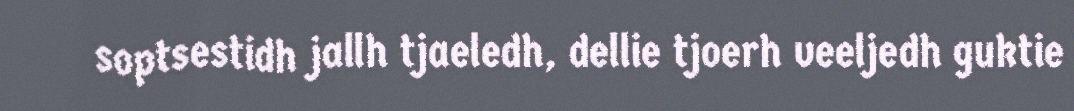
soptsestidh jallh tjaeledh, dellie tjoerh veeljedh guktie